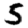
Digit: 5